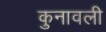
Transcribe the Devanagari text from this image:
कुनावली